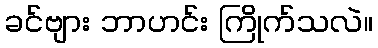
ခင်ဗျား ဘာဟင်း ကြိုက်သလဲ။